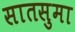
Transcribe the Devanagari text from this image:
सातसुमा